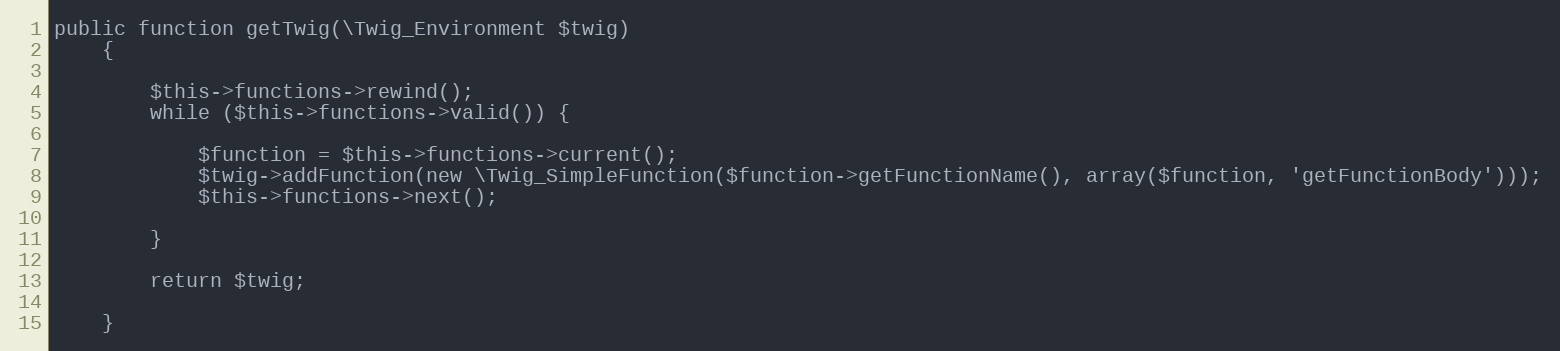
Language: PHP
public function getTwig(\Twig_Environment $twig)
    {

        $this->functions->rewind();
        while ($this->functions->valid()) {

            $function = $this->functions->current();
            $twig->addFunction(new \Twig_SimpleFunction($function->getFunctionName(), array($function, 'getFunctionBody')));
            $this->functions->next();

        }

        return $twig;

    }